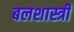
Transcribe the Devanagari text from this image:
बलशास्त्री